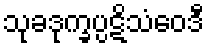
သုခဒုက္ခပ္ပဋိသံဝေဒီ